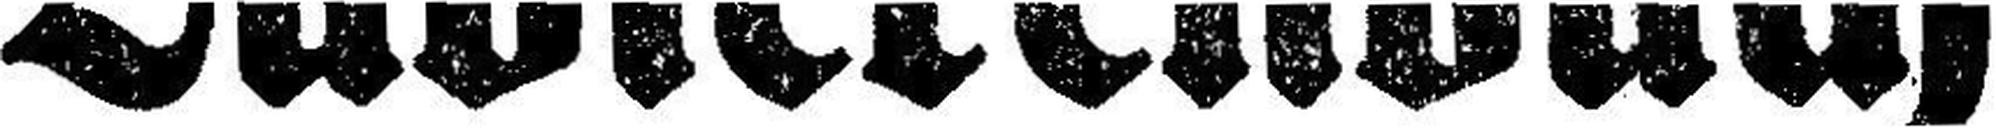
Lavierenbach